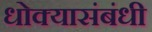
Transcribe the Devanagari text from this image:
धोक्यासंबंधी